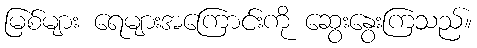
မြစ်များ ရေများအကြောင်းကို ဆွေးနွေးကြသည်။